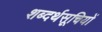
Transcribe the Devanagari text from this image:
शब्दर्थसूचियों